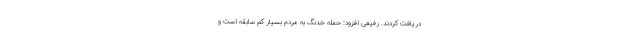
دریافت کردند. رفیعی افزود: حمله خدنگ به مردم بسیار کم سابقه است و